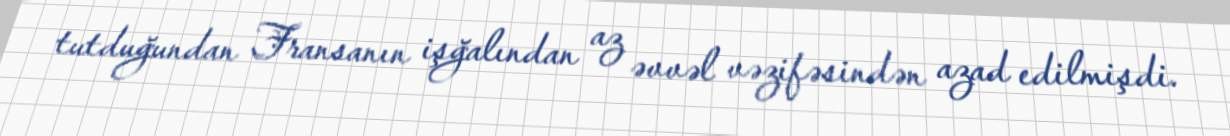
tutduğundan Fransanın işğalından az əvvəl vəzifəsindən azad edilmişdi.